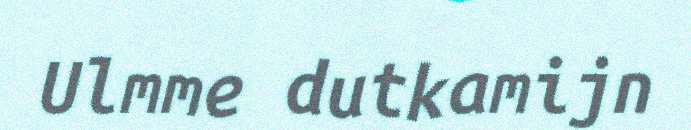
Ulmme dutkamijn